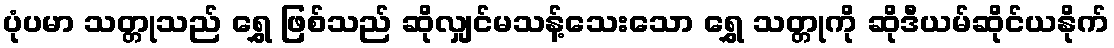
ပုံပမာ သတ္တုသည် ရွှေ ဖြစ်သည် ဆိုလျှင်မသန့်သေးသော ရွှေ သတ္တုကို ဆိုဒီယမ်ဆိုင်ယနိုက်